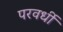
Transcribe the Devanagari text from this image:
परवर्धी